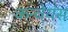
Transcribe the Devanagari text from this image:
कन्वेयंस